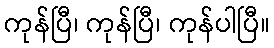
ကုန်ပြီ၊ ကုန်ပြီ၊ ကုန်ပါပြီ။